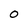
Character: O